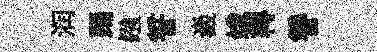
润踊鏹誓嶻娥轉讐